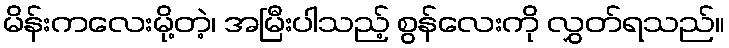
မိန်းကလေးမို့တဲ့၊ အမြီးပါသည့် စွန်လေးကို လွှတ်ရသည်။